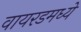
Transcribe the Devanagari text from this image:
वायरडमध्ये